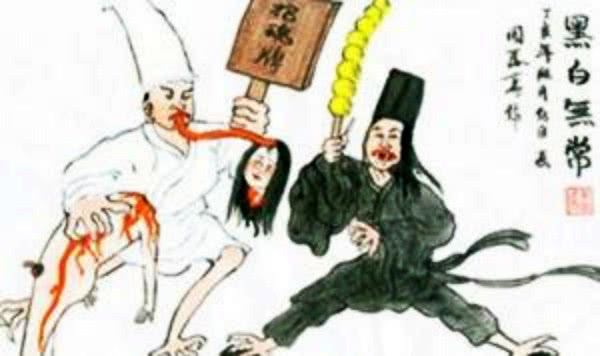
五行无常胜，四时无常位。